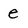
Character: e